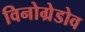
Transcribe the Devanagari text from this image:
विनोग्रेडोव